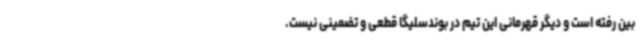
بین رفته است و دیگر قهرمانی این تیم در بوندسلیگا قطعی و تضمینی نیست.